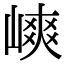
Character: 𡻯